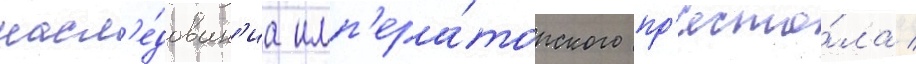
насл'е́дован'иа имп'ера́торского пр'есто́ла /